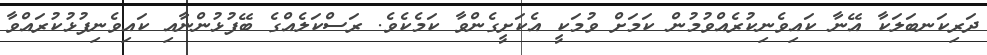
ދަރިކަނބަލަކާ އޭނާ ކައިވެނިކުރެއްވުމުން ކަމަށް ވުމަކީ އެކަށީގެންވާ ކަމެކެވެ. ރަސްކަލެއްގެ ބޭފުޅުންނާއި ކައިވެނިފުޅުކުރައްވާ